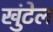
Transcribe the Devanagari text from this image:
खुंटेल